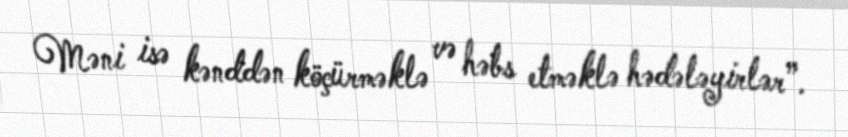
Məni isə kənddən köçürməklə və həbs etməklə hədələyirlər”.